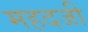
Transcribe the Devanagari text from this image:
महदजी